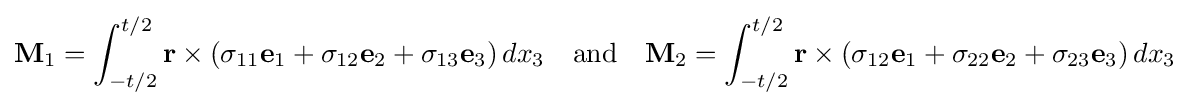
\mathbf {M} _{1}=\int _{-t/2}^{t/2}\mathbf {r} \times (\sigma _{11}\mathbf {e} _{1}+\sigma _{12}\mathbf {e} _{2}+\sigma _{13}\mathbf {e} _{3})\,dx_{3}\quad {\text{and}}\quad \mathbf {M} _{2}=\int _{-t/2}^{t/2}\mathbf {r} \times (\sigma _{12}\mathbf {e} _{1}+\sigma _{22}\mathbf {e} _{2}+\sigma _{23}\mathbf {e} _{3})\,dx_{3}